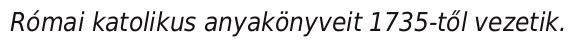
Római katolikus anyakönyveit 1735-től vezetik.